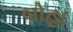
બોહા